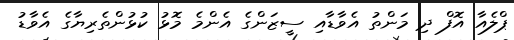
ޕްލެއާ އޮފް ދި މަންތު އެވާޑާއި ސީޒަންގެ އެންމެ މޮޅު ކުޅުންތެރިޔާގެ އެވާޑު